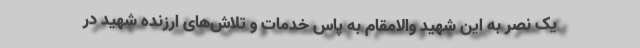
یک نصر به این شهید والامقام به پاس خدمات و تلاش‌های ارزنده شهید در